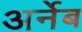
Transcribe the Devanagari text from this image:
अर्नेब